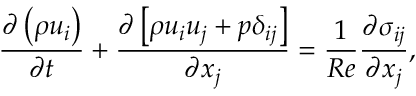
\frac { \partial \left( \rho u _ { i } \right) } { \partial t } + \frac { \partial \left[ \rho u _ { i } u _ { j } + p \delta _ { i j } \right] } { \partial x _ { j } } = \frac { 1 } { R e } \frac { \partial \sigma _ { i j } } { \partial x _ { j } } ,